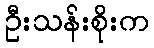
ဦးသန်းစိုးက